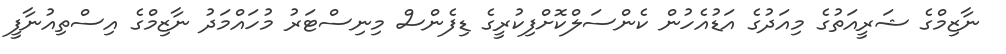
ނާޒިމްގެ ޝަރީއަތުގެ މިއަދުގެ އަޑުއެހުން ކެންސަލްކޮށްފިކުރީގެ ޑިފެންސް މިނިސްޓަރު މުހައްމަދު ނާޒިމްގެ އިސްތިއުނާފީ